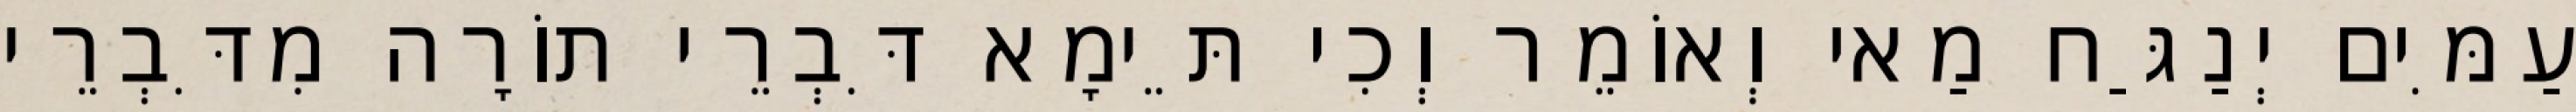
עַמִּים יְנַגַּח מַאי וְאוֹמֵר וְכִי תֵּימָא דִּבְרֵי תוֹרָה מִדִּבְרֵי